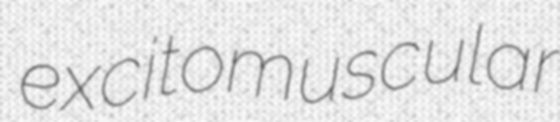
excitomuscular